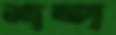
শষ্প